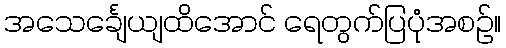
အသေင်္ချေယျထိအောင် ရေတွက်ပြပုံအစဉ်။